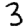
Digit: 3